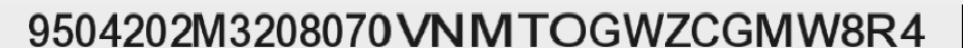
9504202M3208070VNMTOGWZCGMW8R4